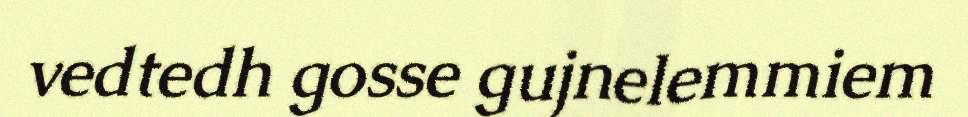
vedtedh gosse gujnelemmiem